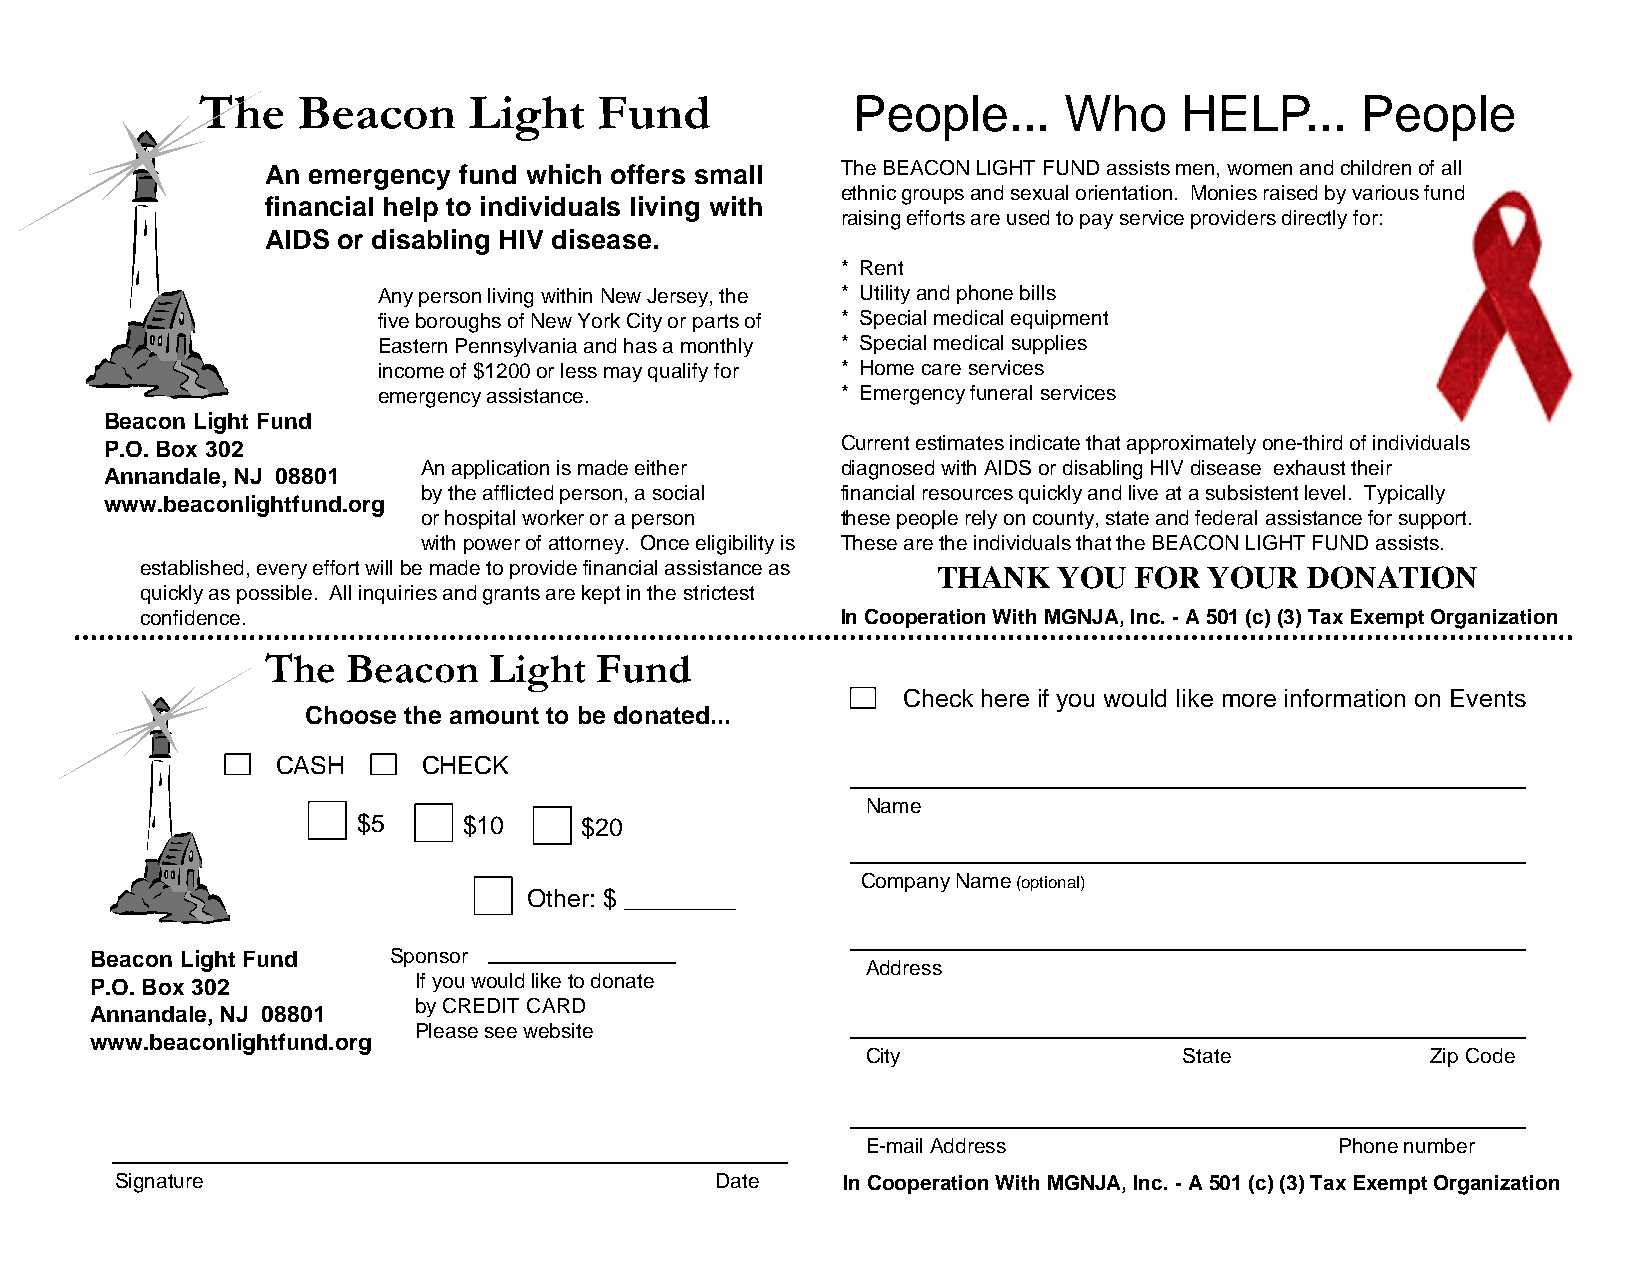
The    Beacon     Light    Fund            People...     Who     HELP...     People
 An emergency fund which offers small  The BEACON LIGHT FUND assists men, women and children of all
 ethnic groups and sexual orientation. Monies raised by various fund
 financial help to individuals living with
 raising efforts are used to pay service providers directly for:
 AIDS or disabling HIV disease.
 * Rent
 Any person living within New Jersey, the * Utility and phone bills
 five boroughs of New York City or parts of * Special medical equipment
 Eastern Pennsylvania and has a monthly * Special medical supplies
 income of $1200 or less may qualify for * Home care services
 emergency assistance.          * Emergency funeral services
 Beacon Light Fund
 P.O. Box 302                                     Current estimates indicate that approximately one-third of individuals
 An application is made either diagnosed with AIDS or disabling HIV disease exhaust their
 Annandale, NJ 08801
 by the afflicted person, a social financial resources quickly and live at a subsistent level. Typically
 www.beaconlightfund.org
 or hospital worker or a person these people rely on county, state and federal assistance for support.
 with power of attorney. Once eligibility is These are the individuals that the BEACON LIGHT FUND assists.
 established, every effort will be made to provide financial assistance as THANK YOU FOR YOUR DONATION
 quickly as possible. All inquiries and grants are kept in the strictest
 confidence.                                    In Cooperation With MGNJA, Inc. -A 501 (c) (3) Tax Exempt Organization
 The  Beacon   Light  Fund
 Check here if you would like more information on Events
 Choose the amount to be donated...
 CASH      CHECK
 Name
 $5     $10    $20
 Company Name(optional)
 Other: $ ________
 Beacon Light Fund   Sponsor
 Address
 P.O. Box 302         If you would like to donate
 by CREDIT CARD
 Annandale, NJ 08801
 Please see website
 www.beaconlightfund.org
 City                 State            Zip Code
 E-mail Address                  Phone number
 Signature                              Date     In Cooperation With MGNJA, Inc. -A 501 (c) (3) Tax Exempt Organization